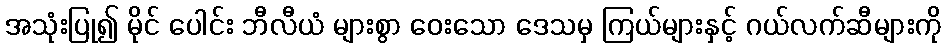
အသုံးပြု၍ မိုင် ပေါင်း ဘီလီယံ များစွာ ဝေးသော ဒေသမှ ကြယ်များနှင့် ဂယ်လက်ဆီများကို